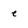
Character: e